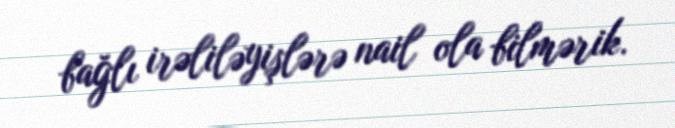
bağlı irəliləyişlərə nail ola bilmərik.